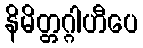
နိမိတ္တဂ္ဂါဟီပေ